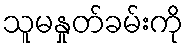
သူမနှုတ်ခမ်းကို